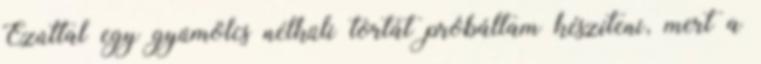
Ezúttal egy gyümölcs nélküli tortát próbáltam készíteni, mert a